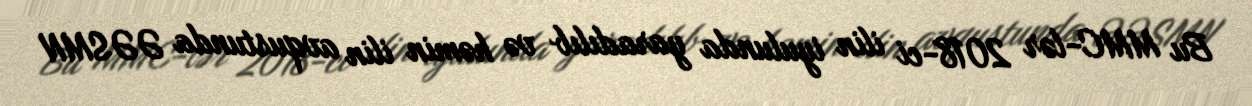
Bu MMC-lər 2018-ci ilin iyulunda yaradılıb və həmin ilin avqustunda ƏƏSMN